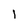
Character: l